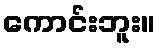
ကောင်းဘူး။